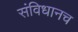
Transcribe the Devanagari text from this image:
संविधानच